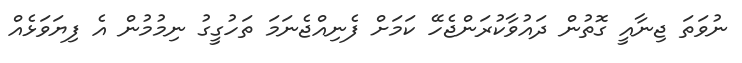
ނުވަތަ ޖިނާއީ ގޮތުން ދައުވާކުރަންޖެހޭ ކަމަށް ފެނިއްޖެނަމަ ތަހުގީގު ނިމުމުން އެ ފިޔަވަޅެއް